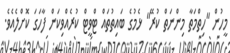
މީހުން "ހިތްމަތާ މިންނަތް ކުރޭ" ޅެމުގެ ބައިތުތައް ޓްވީޓް ކުރެއްވިކަން ފާހަގަ ކޮށްލެއެވެ.